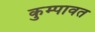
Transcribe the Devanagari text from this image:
कुम्पावत